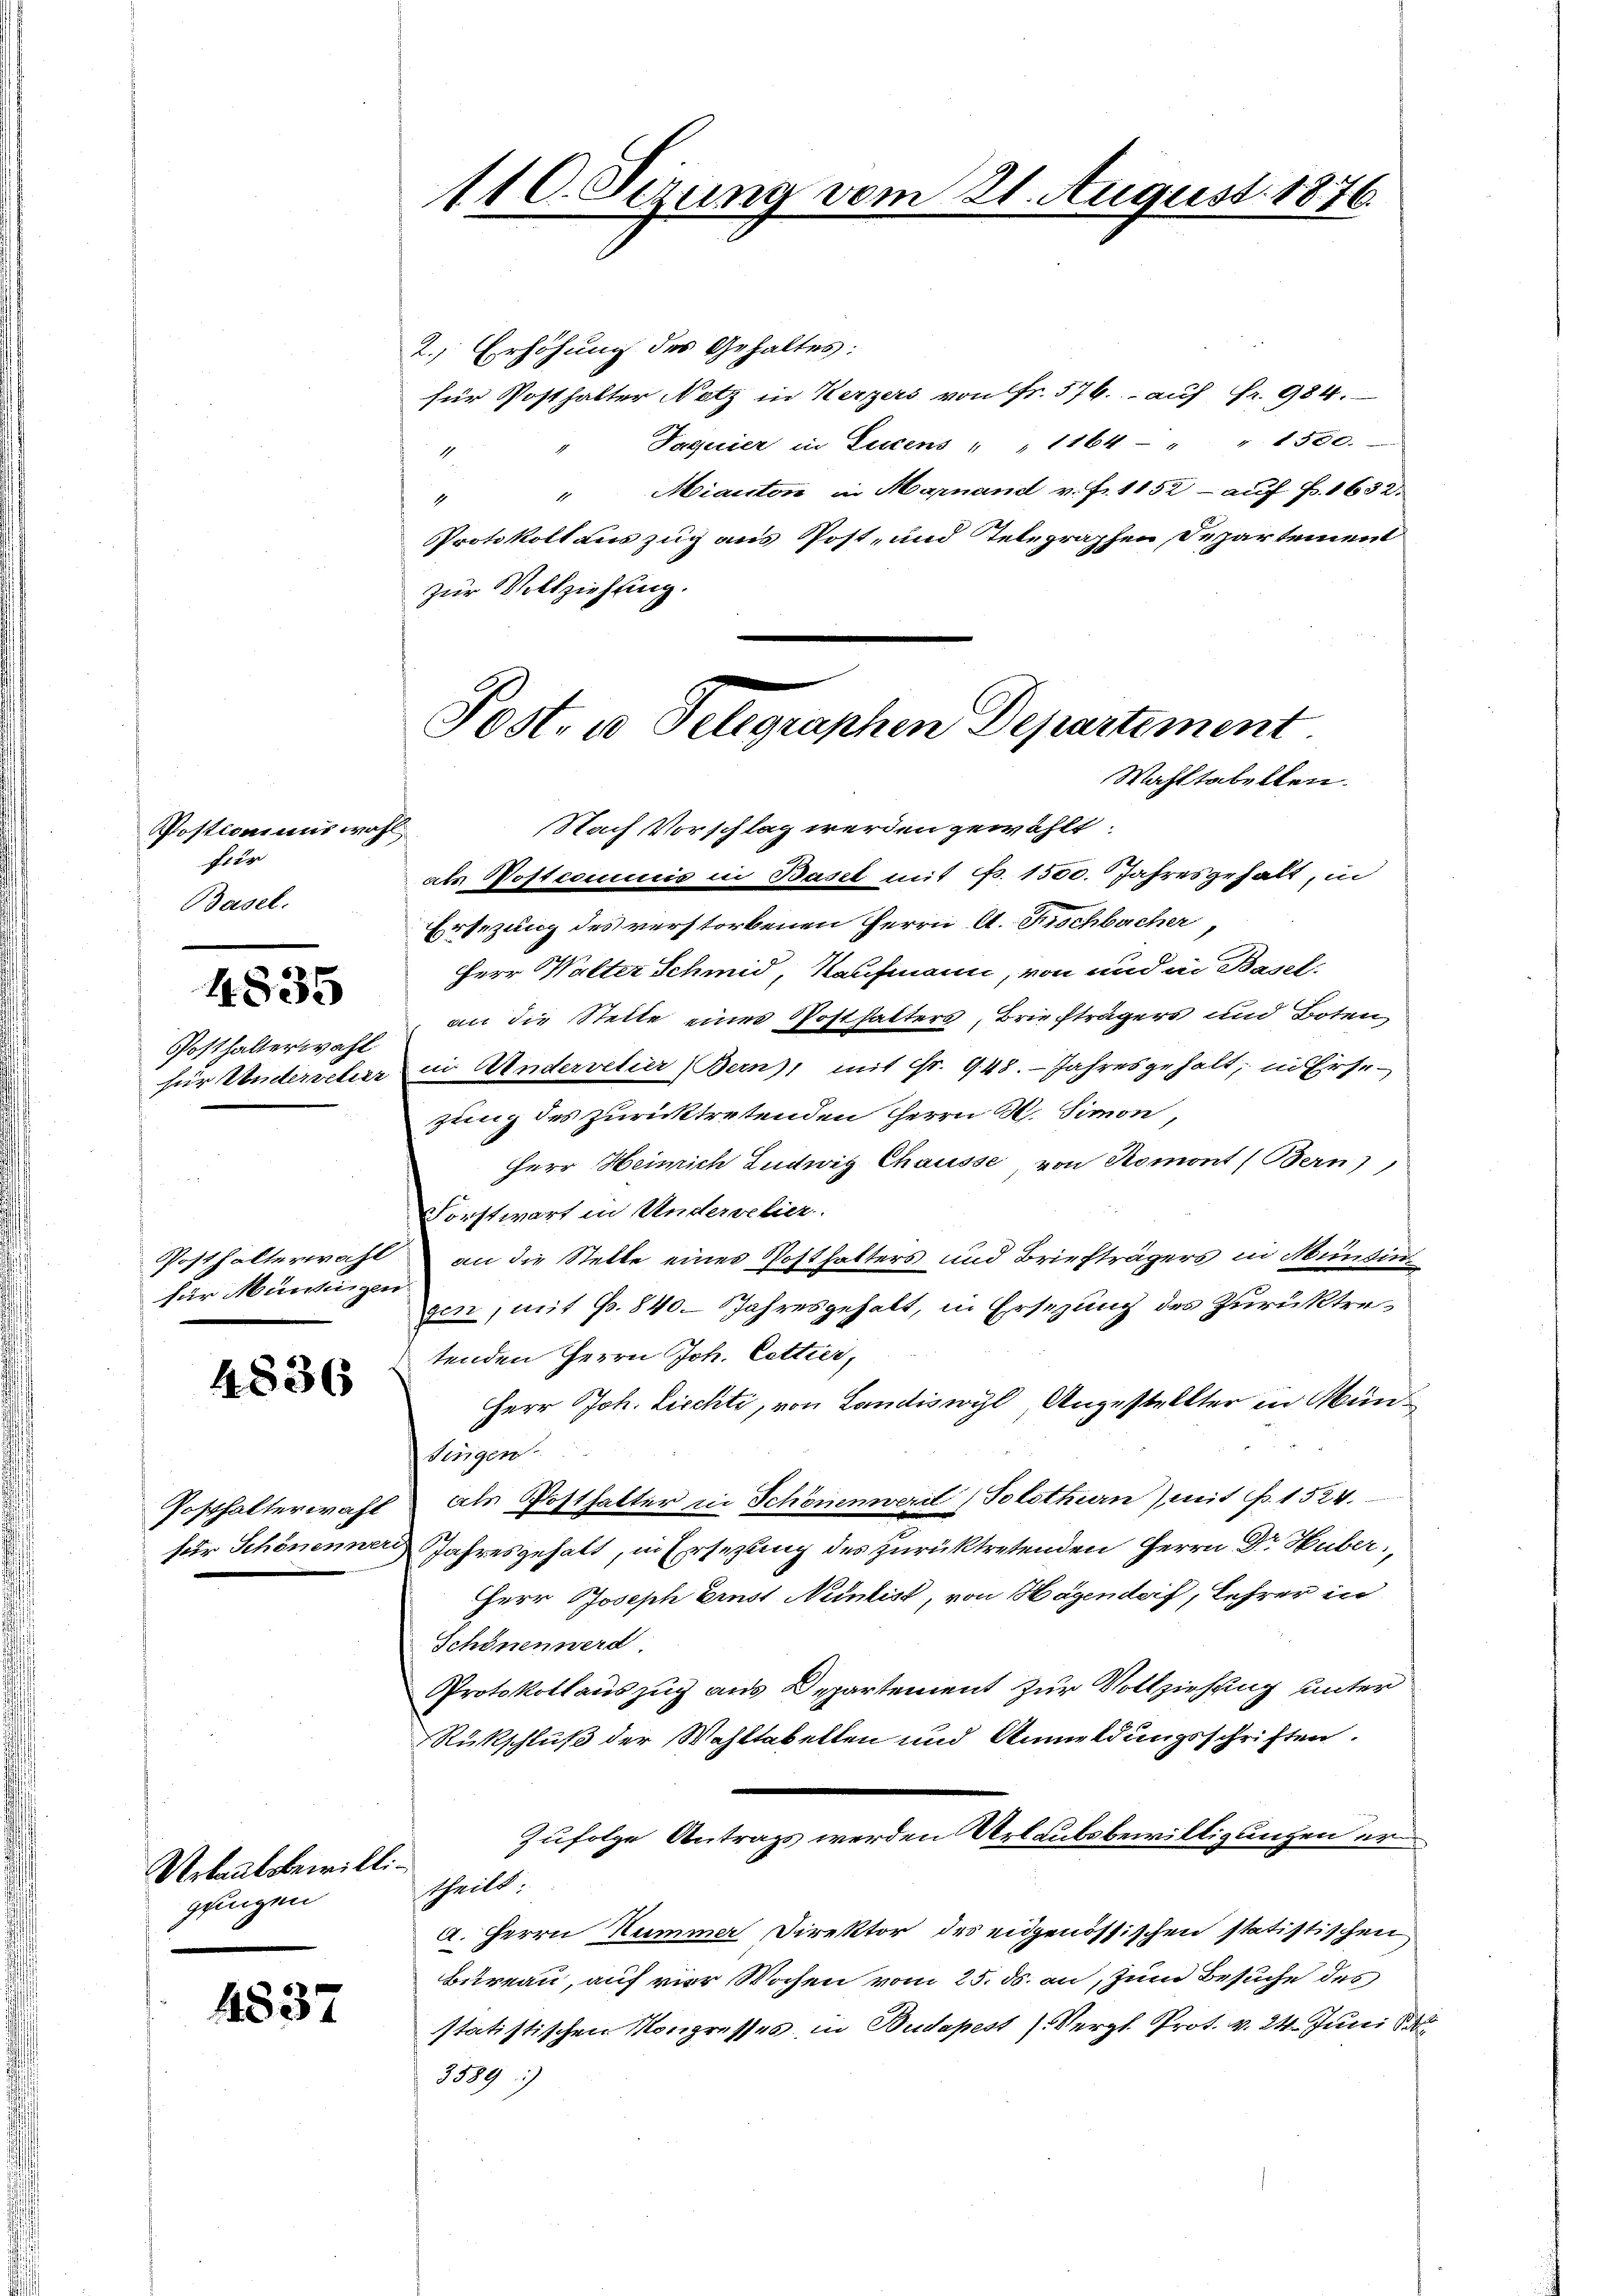
Postcommis wohl
für
Basel.

4835

Posthalterwahl

für Mündigen

4836

Urbantsbewilligungen

4537

2.) Erhöhung des Gehaltes:
für Posthalter Notz in Kerzers von Fr. 576. auf fr. 984.
Daquier in Lucens " " 1164 " " 1500.
1
" Miauten in Marnand v. fr. 1152 - auf P. 1632.
1
Protokoll auszug aus Post- und Telegraphen Departement
zur Vollziehung.

als Postcommis in Basel mit F. 1500. Jahresgehalt, in
Ersezung des verstorbenen Herrn A. Fischbacher
Herr Walter Schmid, Kaufmann, von und in Basel-
an die Stelle eines Posthalters, Briefträgers und Boten,
für Unterschier in Andervelier (Bern, mit Fr. 948. Jahresgehalt; in Ersezung des zurücktretenden Herrn M. Simon
Herr Heinrich Ludwig Chausse von Romont (Bern),
Forstwart in Untervelier.
Posthalterwahl an die Stelle eines Posthalters und Briefträgers in Münsin
gen, mit G. 840. Jahresgehalt, in Ersezung des Zurücktretenden Herrn Joh. Cottier,
Herr Joh. Liechti, von Landiswyl Angestellter in Mün¬
Tinigen
Posthalterwahl als Posthalter in Schönenweril (Solothurn) mit P. 1524.
für Schönenner Jahresgehalt, in Ersezung des zurücktretenden Herrn Dr. Huber,
HHerr Joseph Einst Nenlist, von Hagendorf, Lehrer in
Schönen werd
Protokollauszug aus Departement zur Vollziehung unter
Rückschluß der Wahltabellen und Anmeldungsschriften.
Zufolge Antrags werden Urlaubsbewilligungen er
ttheilt.
a. Herrn Summa Direktor des eidgenössischen statistischen
Bureau, auf vier Wochen vom 25. ds. an, zum Besuche des
statistischen Mongresses, in Budapest (Vergl. Prot. v. 24. Juni da
3589)

110. Sizung vom 21. August 1876.

Post es Telegraphen Departement
Wahltabellen.
Nach Vorschlag werden gewählt: